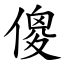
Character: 傻